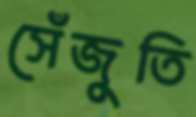
সেঁজুতি